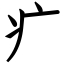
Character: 疒